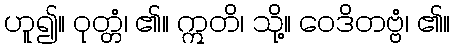
ဟူ၍။ ဝုတ္တံ၊ ၏။ ဣတိ၊ သို့။ ဝေဒိတဗ္ဗံ၊ ၏။